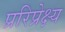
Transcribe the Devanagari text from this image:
प्ररिप्रेक्ष्य